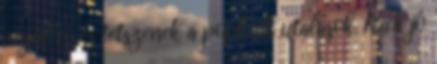
végül is, és tetszenek a popkult utalások. Rick jó